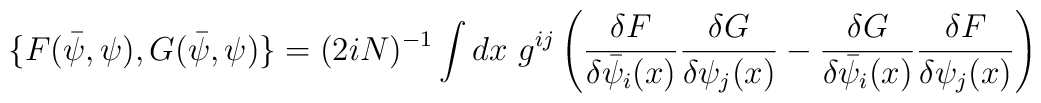
\{F(\bar\psi,\psi),G(\bar\psi,\psi)\}=(2iN)^{-1}\int dx ~g^{ij}\left(\frac{\delta F}{\delta \bar \psi_i(x)}\frac{\delta G}{\delta\psi_j(x)}-\frac{\delta G}{\delta \bar\psi_i(x)}\frac{\delta F}{\delta \psi_j(x)}\right)